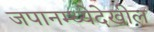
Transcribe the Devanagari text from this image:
जपानम्ध्येदेखील